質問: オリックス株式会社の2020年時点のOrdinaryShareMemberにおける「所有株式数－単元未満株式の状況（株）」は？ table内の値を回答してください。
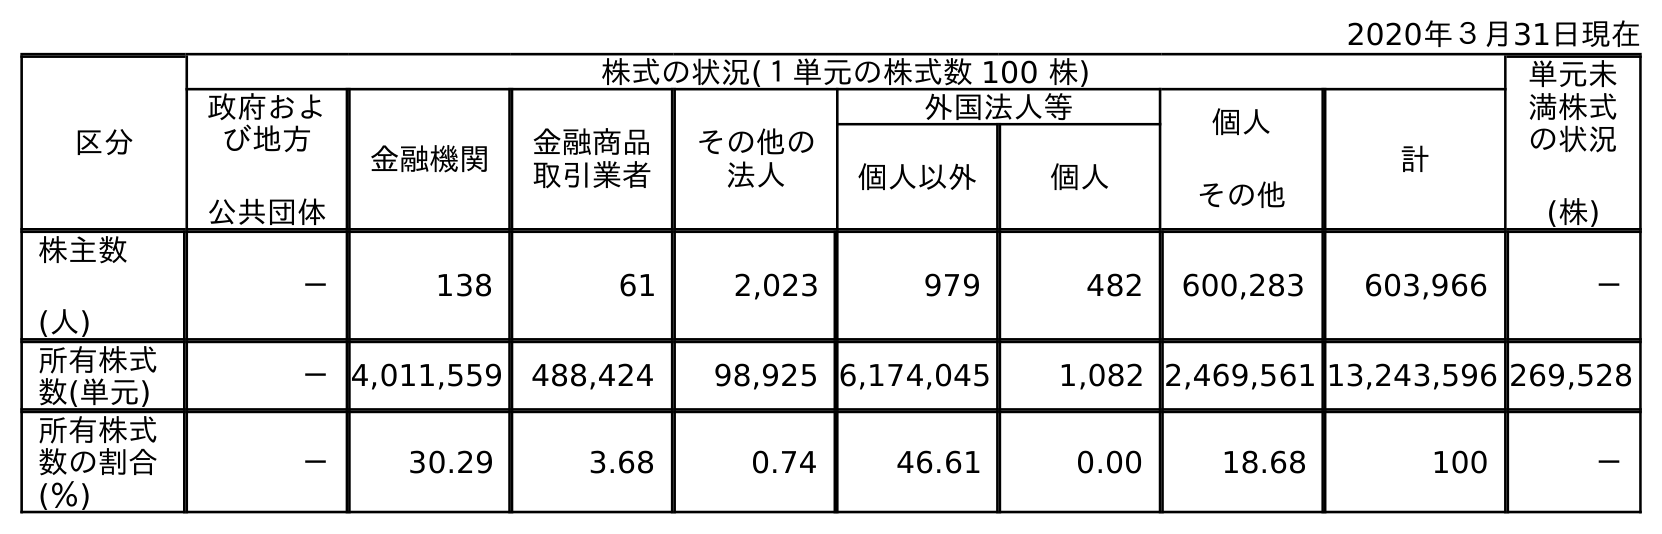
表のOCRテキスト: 2020年３月31日現在 区分 株式の状況(１単元の株式数 100 株) 単元未 満株式 の状況 (株) 政府およ び地方 公共団体 金融機関 金融商品 取引業者 その他の 法人 外国法人等 個人 その他 計 個人以外 個人 株主数 (人) － 138 61 2,023 979 482 600,283 603,966 － 所有株式 数(単元) －4,011,559 488,424 98,925 6,174,045 1,082 2,469,561 13,243,596 269,528 所有株式 数の割合 (％) － 30.29 3.68 0.74 46.61 0.00 18.68 100 －
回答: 269,528